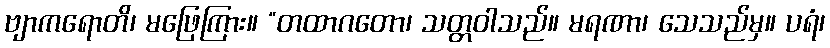
ဗျာကရောတိ၊ မဖြေကြား။ “တထာဂတော၊ သတ္တဝါသည်။ မရဏာ၊ သေသည်မှ။ ပရံ၊